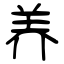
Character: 养